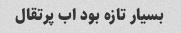
بسیار تازه بود اب پرتقال